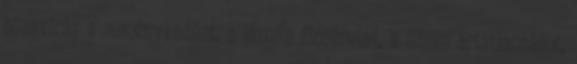
búzavirág a reménykedést, a jázmin dicséretet, a liliom ártatlanságot,